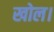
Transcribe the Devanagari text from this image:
खोल।